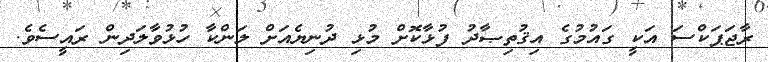
ރާޖަޕަކްސަ އަކީ ގައުމުގެ އިޤުތިޞާދު ފުޅާކޮށް މުޅި ދުނިޔެއަށް ލަންކާ ހުޅުވާލަދިން ރައީސެވެ.